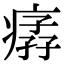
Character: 𤸦